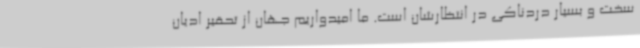
سخت و بسیار دردناکی در انتظارشان است. ما امیدواریم جهان از تحقیر ادیان